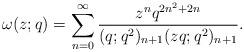
LaTeX: \begin{align*}\omega(z;q)=\sum_{n=0}^{\infty} \frac{z^n q^{2n^2+2n}}{(q;q^2)_{n+1}(zq;q^2)_{n+1}}. \end{align*}